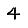
Digit: 4